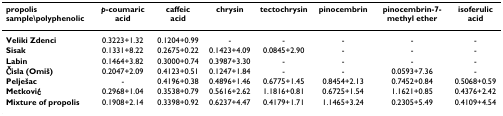
| propolis sample\polyphenolic | p-coumaric acid | caffeic acid | chrysin | tectochrysin | pinocembrin | pinocembrin-7-methyl ether | isoferulic acid |
 | --- | --- | --- | --- | --- | --- | --- | --- |
 | Veliki Zdenci | 0.3223+1.32 | 0.1204+0.99 | - | - | - | - | - |
 | Sisak | 0.1331+8.22 | 0.2675+0.22 | 0.1423+4.09 | 0.0845+2.90 | - | - | - |
 | Labin | 0.1464+3.82 | 0.3000+0.74 | 0.3987+3.30 | - | - | - | - |
 | Čisla (Omiš) | 0.2047+2.09 | 0.4123+0.51 | 0.1247+1.84 | - | - | 0.0593+7.36 | - |
 | Pelješac | - | 0.4196+0.38 | 0.4896+1.46 | 0.6775+1.45 | 0.8454+2.13 | 0.7452+0.84 | 0.5068+0.59 |
 | Metković | 0.2968+1.04 | 0.3538+0.79 | 0.5616+2.62 | 1.1816+0.81 | 0.6725+1.54 | 1.1621+0.85 | 0.4376+2.42 |
 | Mixture of propolis | 0.1908+2.14 | 0.3398+0.92 | 0.6237+4.47 | 0.4179+1.71 | 1.1465+3.24 | 0.2305+5.49 | 0.4109+4.54 |